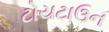
ટોયટાઉન